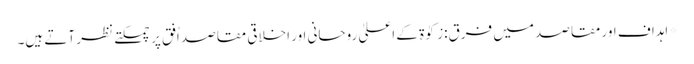
* اہداف اور مقاصد میں فرق:زکوٰۃ کے اعلیٰ روحانی اور اخلاقی مقاصد اُفق پر چمکتے نظر آتے ہیں۔